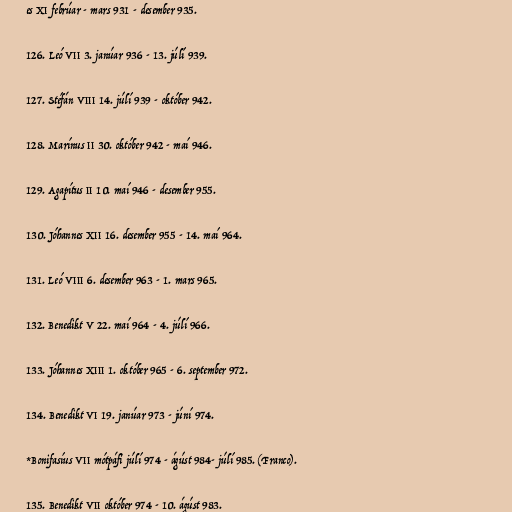
es XI febrúar - mars 931 - desember 935.

126. Leó VII 3. janúar 936 - 13. júlí 939.

127. Stéfán VIII 14. júlí 939 - október 942.

128. Marínus II 30. október 942 - maí 946.

129. Agapítus II 10. maí 946 - desember 955.

130. Jóhannes XII 16. desember 955 - 14. maí 964.

131. Leó VIII 6. desember 963 - 1. mars 965.

132. Benedikt V 22. maí 964 - 4. júlí 966.

133. Jóhannes XIII 1. október 965 - 6. september 972.

134. Benedikt VI 19. janúar 973 - júní 974.

*Bonifasíus VII mótpáfi júlí 974 - ágúst 984- júlí 985. (Franco).

135. Benedikt VII október 974 - 10. ágúst 983.